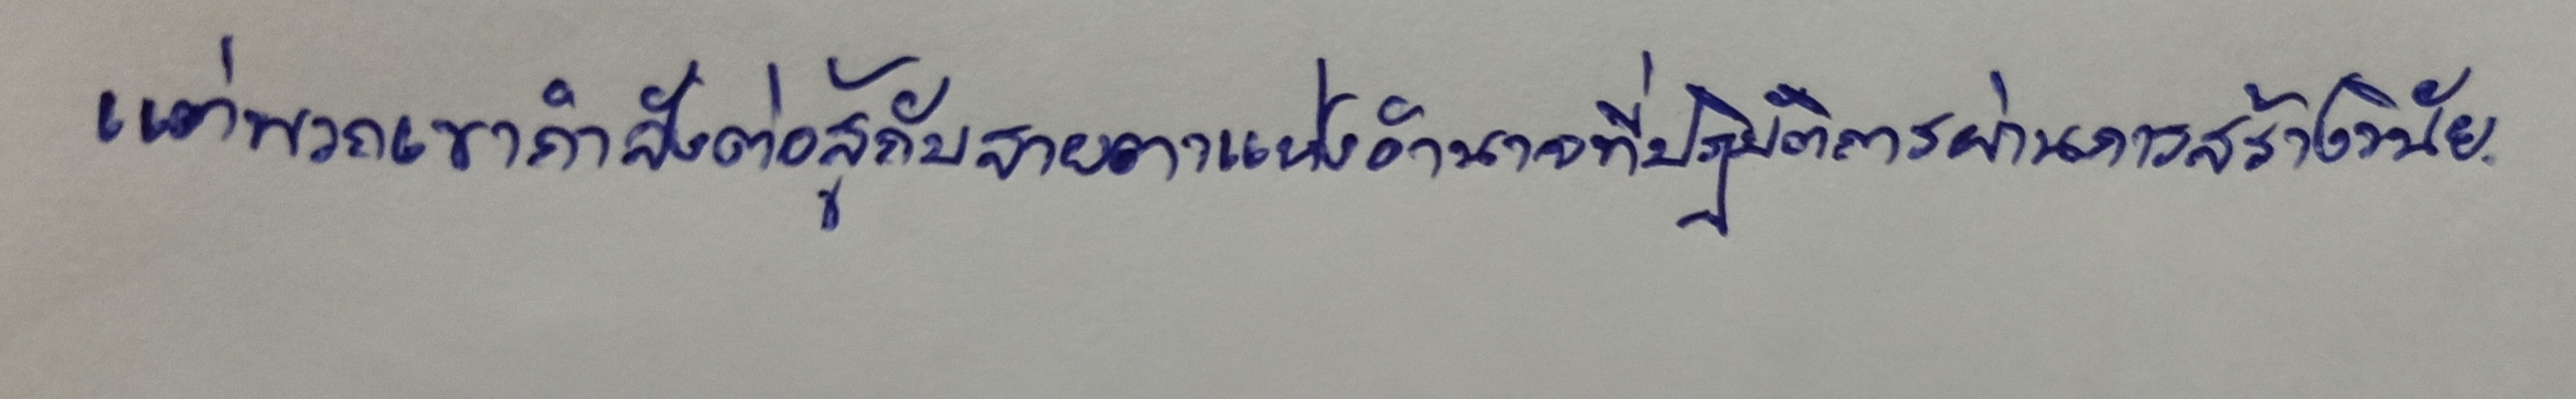
แต่พวกเขากำลังต่อสู้กับสายตาแห่งอำนาจที่ปฏิบัติการผ่านการสร้างวินัย